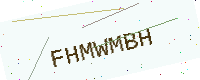
Text: FHMWMBH